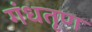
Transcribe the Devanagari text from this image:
गंधतृण